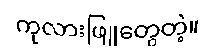
ကုလားဖြူတွေတဲ့။